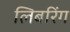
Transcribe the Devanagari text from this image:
लिबरिंग